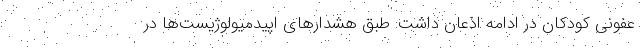
عفونی کودکان در ادامه اذعان داشت: طبق هشدارهای اپیدمیولوژیست‌ها در